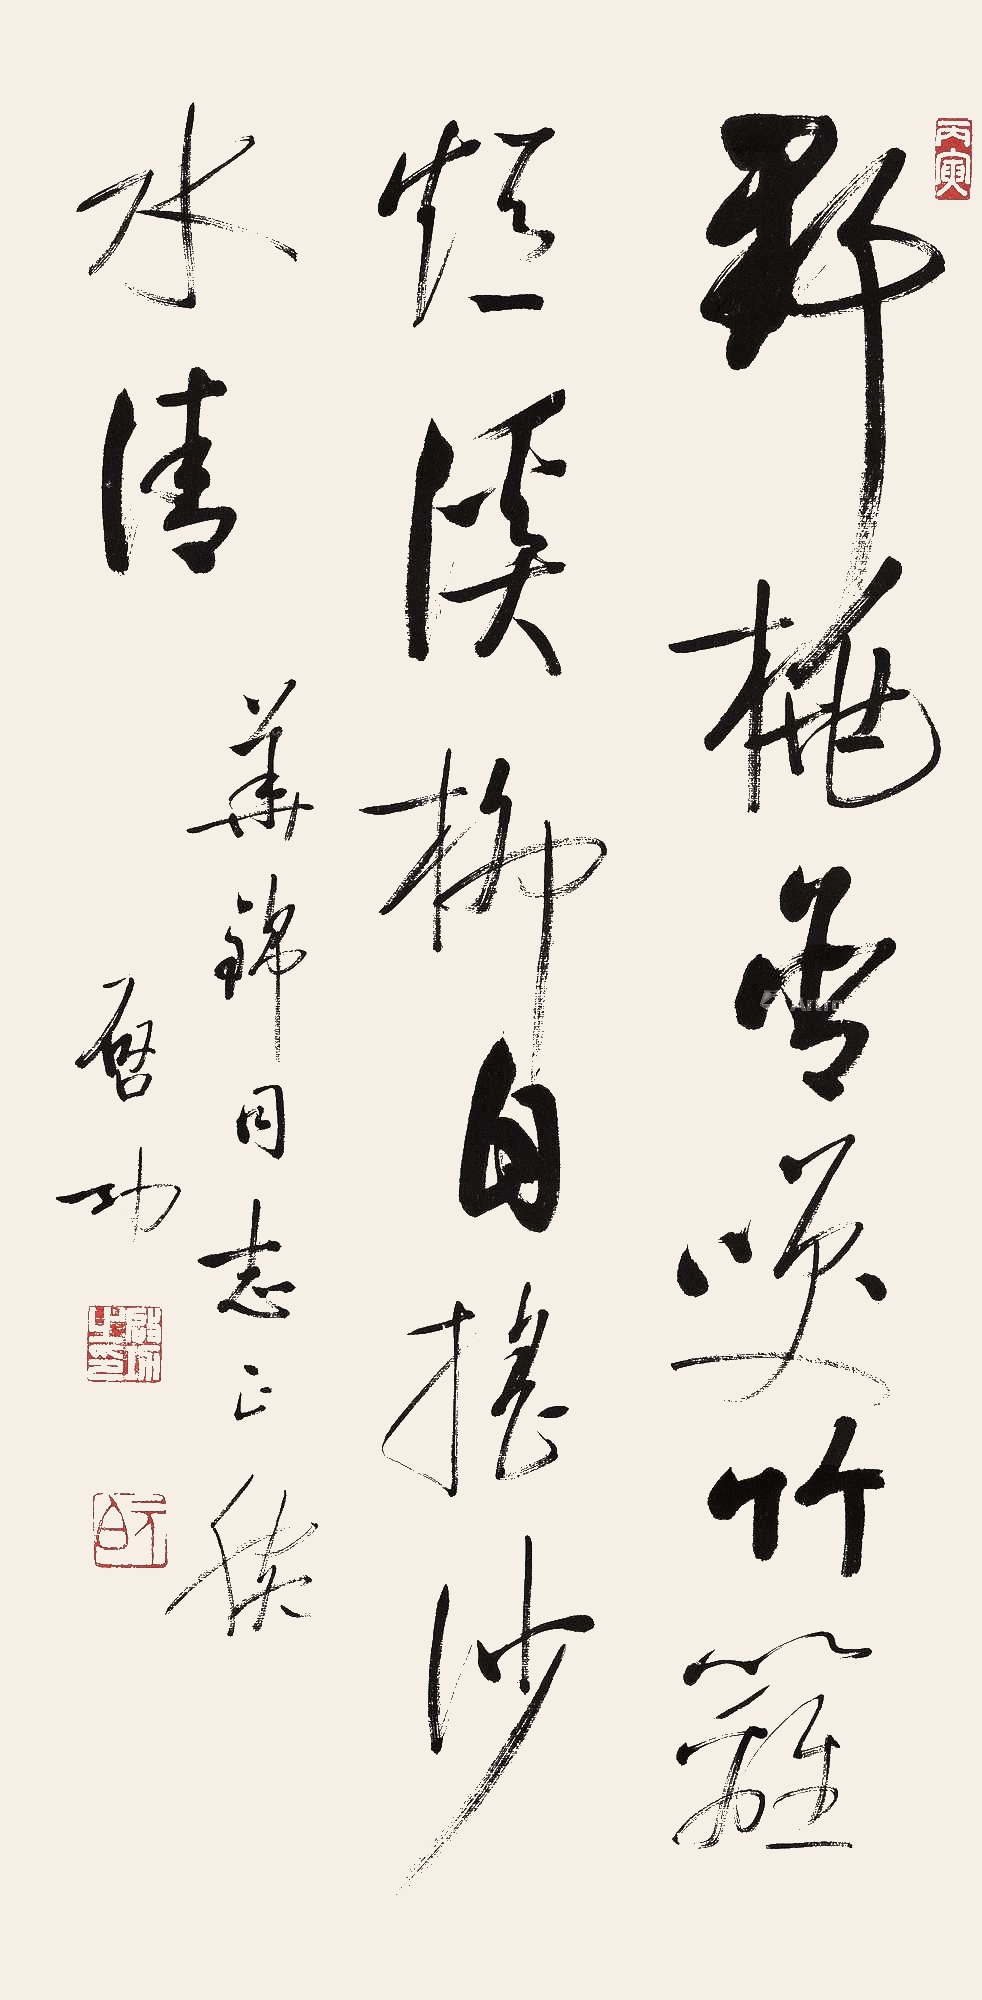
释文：野桃含笑竹篱短，溪柳自摇沙水清。华锦同志正腕，启功。